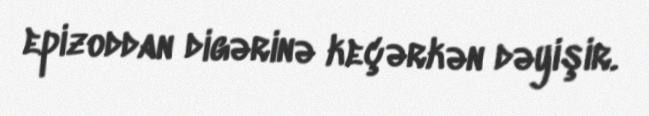
epizoddan digərinə keçərkən dəyişir.